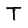
Character: T